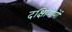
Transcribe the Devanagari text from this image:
दक्षिणियों